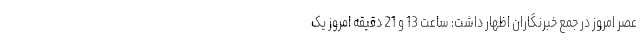
عصر امروز در جمع خبرنگاران اظهار داشت: ساعت 13 و 21 دقیقه امروز یک